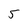
Character: 5